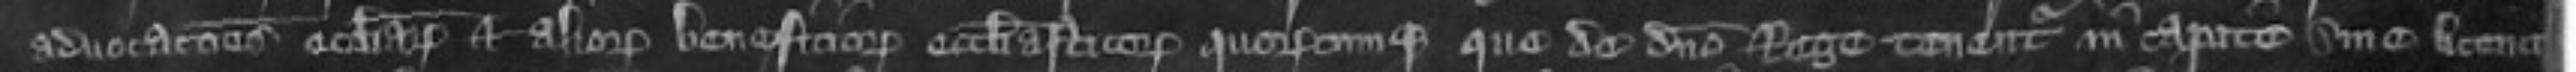
advocationes ecclesticarum et aliorum beneficiorum ecclesiasticarum quoruscumque que de domino Rege tenentur in capite sine licencia